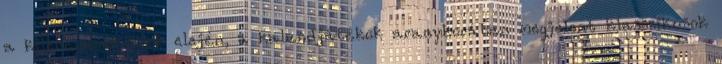
a kilencvenes évek elején, a kalandjátékok aranykorában megjelent klasszikusok